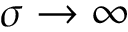
\sigma \to \infty